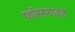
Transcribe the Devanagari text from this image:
फ़ॉसफ़ाइड